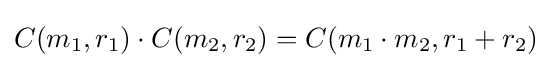
C(m_{1},r_{1})\cdot C(m_{2},r_{2})=C(m_{1}\cdot m_{2},r_{1}+r_{2})